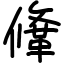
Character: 鞗